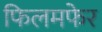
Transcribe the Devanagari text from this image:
फिलमफेर